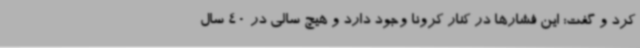
کرد و گفت: این فشارها در کنار کرونا وجود دارد و هیچ سالی در 40 سال